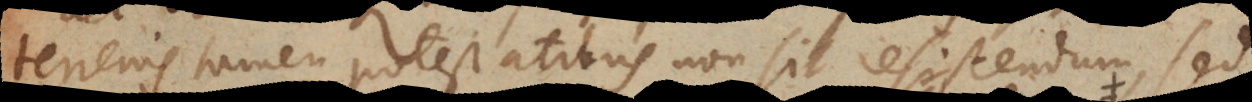
terrenis tamen potestatibus non sit resistendum, sed